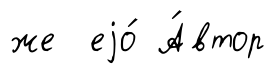
же еjо́ А́втор